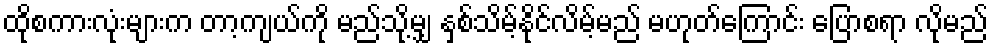
ထိုစကားလုံးများက တာ့ကျယ်ကို မည်သို့မျှ နှစ်သိမ့်နိုင်လိမ့်မည် မဟုတ်ကြောင်း ပြောစရာ လိုမည်